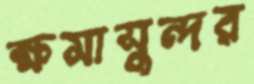
ক্ষমাসুন্দর